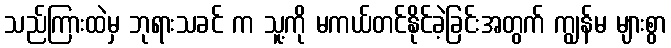
သည်ကြားထဲမှ ဘုရားသခင် က သူ့ကို မကယ်တင်နိုင်ခဲ့ခြင်းအတွက် ကျွန်မ များစွာ